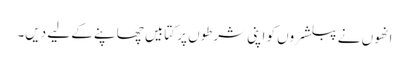
انھوں نے پبلشروں کو اپنی شرطوں پر کتابیں چھاپنے کے لیے دیں۔